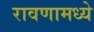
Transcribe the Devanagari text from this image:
रावणामध्ये